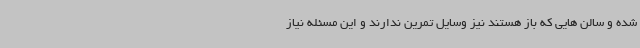
شده و سالن هایی که باز هستند نیز وسایل تمرین ندارند و این مسئله نیاز